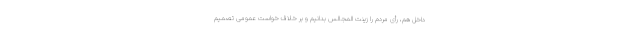
داخل هم، رأی مردم را زینت المجالس بدانیم و بر خلاف خواست عمومی تصمیم